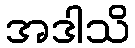
အဒါသိ